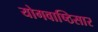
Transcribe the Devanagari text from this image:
योगवाष्ठिसार